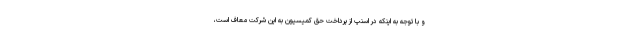
و با توجه به اینکه در اسنپ از پرداخت حق کمیسیون به این شرکت معاف است،